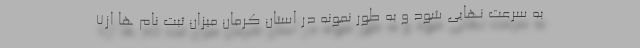
به سرعت نهایی شود و به طور نمونه در استان کرمان میزان ثبت نام ها از7